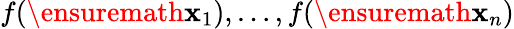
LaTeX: f(\ensuremath{\mathbf{x}}_{1}),\dots,f(\ensuremath{\mathbf{x}}_{n})